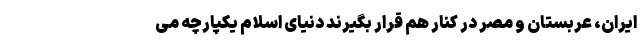
ایران، عربستان و مصر در کنار هم قرار بگیرند دنیای اسلام یکپارچه می